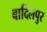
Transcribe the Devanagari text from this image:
बादिलपुर